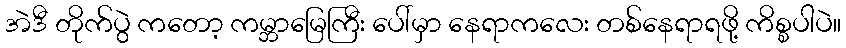
အဲဒီ တိုက်ပွဲ ကတော့ ကမ္ဘာမြေကြီး ပေါ်မှာ နေရာကလေး တစ်နေရာရဖို့ ကိစ္စပါပဲ။